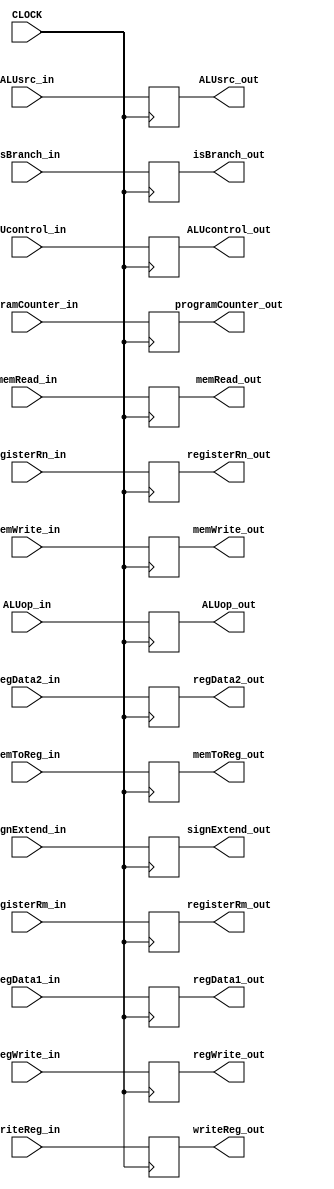
`timescale 1ns / 1ps

module IDEX
(
	input CLOCK,
	input [1:0] ALUop_in, // EX Stage
	input ALUsrc_in, // EX Stage
	input isBranch_in, // M Stage
	input memRead_in, // M Stage
	input memWrite_in, // M Stage
	input regWrite_in, // WB Stage
	input memToReg_in, // WB Stage
	input [63:0] programCounter_in,
	input [63:0] regData1_in,
	input [63:0] regData2_in,
	input [63:0] signExtend_in,
	input [10:0] ALUcontrol_in,
	input [4:0] registerRm_in,
	input [4:0] registerRn_in,
	input [4:0] writeReg_in,
	output reg [1:0] ALUop_out, // EX Stage
	output reg ALUsrc_out, // EX Stage
	output reg isBranch_out, // M Stage
	output reg memRead_out, // M Stage
	output reg memWrite_out, // M Stage
	output reg regWrite_out, // WB Stage
	output reg memToReg_out, // WB Stage
	output reg [63:0] programCounter_out,
	output reg [63:0] regData1_out,
	output reg [63:0] regData2_out,
	output reg [63:0] signExtend_out,
	output reg [10:0] ALUcontrol_out,
	output reg [4:0] registerRm_out,
	output reg [4:0] registerRn_out,
	output reg [4:0] writeReg_out
);

	always @(posedge CLOCK) begin
		/* Values for EX */
		ALUop_out <= ALUop_in;
		ALUsrc_out <= ALUsrc_in;

		/* Values for M */
		isBranch_out <= isBranch_in;
		memRead_out <= memRead_in;
		memWrite_out <= memWrite_in;

		/* Values for WB */
		regWrite_out <= regWrite_in;
		memToReg_out <= memToReg_in;

		/* Values for all Stages */
		programCounter_out <= programCounter_in;
		regData1_out <= regData1_in;
		regData2_out <= regData2_in;

		/* Values for variable stages */
		signExtend_out <= signExtend_in;
		ALUcontrol_out <= ALUcontrol_in;
		writeReg_out <= writeReg_in;
		registerRm_out <= registerRm_in;
	    registerRn_out <= registerRn_in;
	end
endmodule